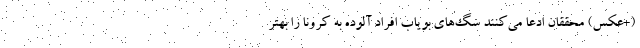
(+عکس) محققان ادعا می‌کنند سگ‌های بویاب افراد آلوده به کرونا را بهتر